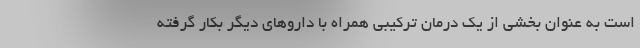
است به عنوان بخشی از یک درمان ترکیبی همراه با داروهای دیگر بکار گرفته